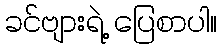
ခင်ဗျားရဲ့ ပြေစာပါ။